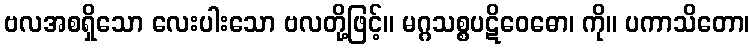
ဗလအစရှိသော လေးပါးသော ဗလတို့ဖြင့်။ မဂ္ဂသစ္စပဋိဝေဓော၊ ကို။ ပကာသိတော၊